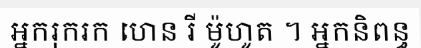
អ្នករុករក ហេន រី ម៉ូហូត ។ អ្នកនិពន្ធ